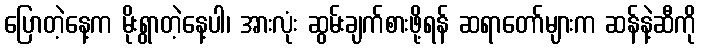
ပြောတဲ့နေ့က မိုးရွာတဲ့နေ့ပါ၊ အားလုံး ဆွမ်းချက်စားဖို့ရန် ဆရာတော်များက ဆန်နဲ့ဆီကို